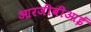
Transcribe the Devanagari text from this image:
आरजीबीआई